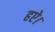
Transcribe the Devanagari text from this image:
हऐ।